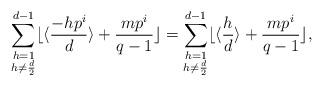
LaTeX: \begin{align*}\sum_{\substack{h=1\\h\neq\frac{d}{2}}}^{d-1}\lfloor\langle \frac{-hp^i}{d}\rangle+\frac{mp^i}{q-1}\rfloor=\sum_{\substack{h=1\\h\neq\frac{d}{2}}}^{d-1}\lfloor\langle \frac{h}{d}\rangle+\frac{mp^i}{q-1}\rfloor,\end{align*}